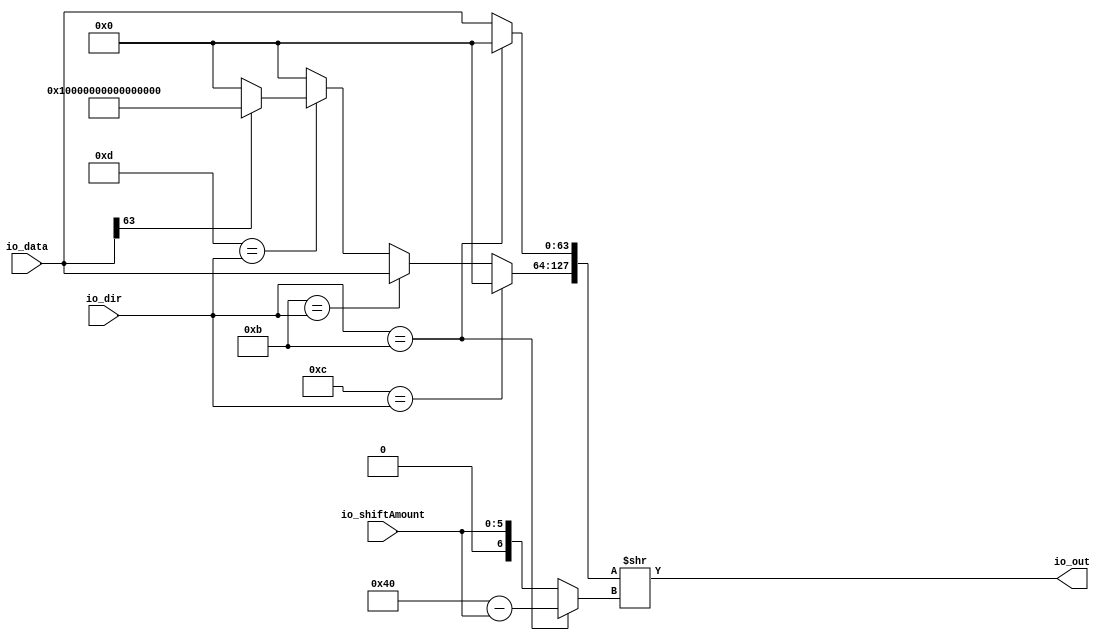
module BarrelShifter(
  input  [63:0] io_data,
  input  [5:0]  io_shiftAmount,
  input  [5:0]  io_dir,
  output [63:0] io_out
);
  wire  _rotate_T = io_dir == 6'hb;
  wire [6:0] _GEN_0 = {{1'd0}, io_shiftAmount};
  wire [6:0] _rotate_T_2 = 7'h40 - _GEN_0;
  wire [6:0] rotate = _rotate_T ? _rotate_T_2 : {{1'd0}, io_shiftAmount};
  wire [63:0] _rotateInput_T_3 = io_data[63] ? 64'hffffffffffffffff : 64'h0;
  wire [63:0] _rotateInput_T_8 = 6'hd == io_dir ? _rotateInput_T_3 : 64'h0;
  wire [63:0] _rotateInput_T_10 = 6'hb == io_dir ? io_data : _rotateInput_T_8;
  wire [63:0] _rotateInput_T_12 = 6'hc == io_dir ? 64'h0 : _rotateInput_T_10;
  wire [63:0] _rotateInput_T_14 = _rotate_T ? 64'h0 : io_data;
  wire [127:0] rotateInput = {_rotateInput_T_12,_rotateInput_T_14};
  wire [127:0] _io_out_T = rotateInput >> rotate;
  assign io_out = _io_out_T[63:0];
endmodule